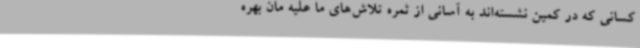
کسانی که در کمین نشسته‌اند به آسانی از ثمره تلاش‌های ما علیه مان بهره‌